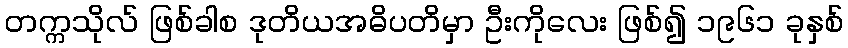
တက္ကသိုလ် ဖြစ်ခါစ ဒုတိယအဓိပတိမှာ ဦးကိုလေး ဖြစ်၍ ၁၉၆၁ ခုနှစ်